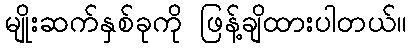
မျိုးဆက်နှစ်ခုကို ဖြန့်ချိထားပါတယ်။